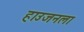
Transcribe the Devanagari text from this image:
हाउजनला